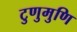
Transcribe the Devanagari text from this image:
टुणुमुणि